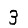
Digit: 3